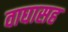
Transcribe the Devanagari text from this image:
वाघासह